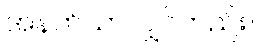
အနက်သာလျှင်တည်း။